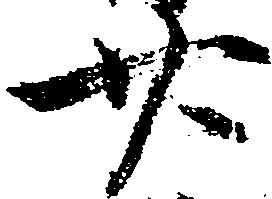
廿